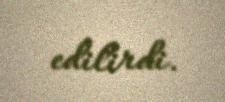
edilirdi.